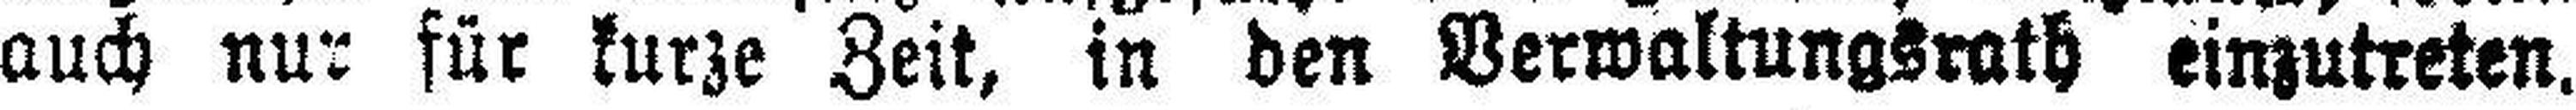
auch nur für kurze Zeit, in den Verwaltungsrath einzutreten.